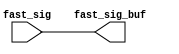
module sctag_sig_rptr(/*AUTOARG*/
   // Outputs
   fast_sig_buf, 
   // Inputs
   fast_sig
   );


output  [39:0]	fast_sig_buf; 
input	[39:0]  fast_sig;


assign fast_sig_buf = fast_sig ;

endmodule